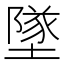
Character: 墜